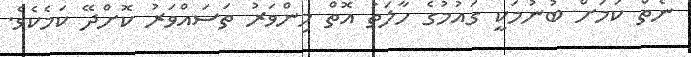
ނެތް ކަމަށް ބުނުމަކީ ގައުމުގެ ހާލަތު އޮތް މިންވަރު ތަސައްވަރު ކޮށްދޭ ކަމެކެވެ.